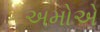
અમોએ